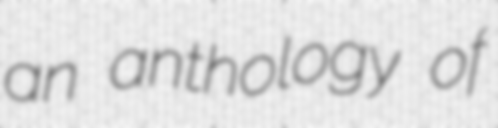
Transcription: an anthology of